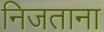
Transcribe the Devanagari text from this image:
निजताना